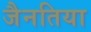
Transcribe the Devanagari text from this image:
जैनतिया